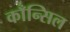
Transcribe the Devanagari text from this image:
काँन्सिल